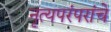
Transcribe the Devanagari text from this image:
नृत्यपरंपरांचे